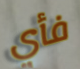
فأي